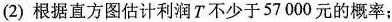
(2)根据直方图估计利润T不少于57000元的概率；